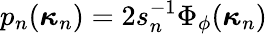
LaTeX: p_{n}(\boldsymbol{\kappa}_{n})=2s_{n}^{-1}\Phi_{\phi}(\boldsymbol{\kappa}_{n})